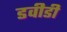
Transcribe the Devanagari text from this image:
डवीडी